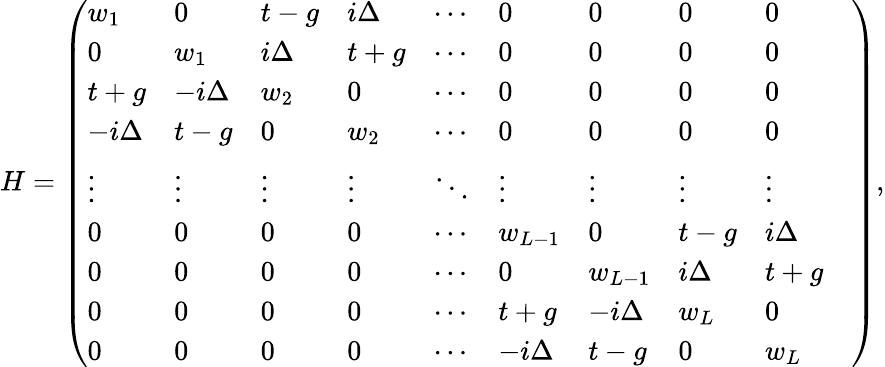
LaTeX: \begin{array}{r}{H=\left(\begin{array}{llllllllll}{w_{1}}&{0}&{t-g}&{i\Delta}&{\cdots}&{0}&{0}&{0}&{0}&\\ {0}&{w_{1}}&{i\Delta}&{t+g}&{\cdots}&{0}&{0}&{0}&{0}&\\ {t+g}&{-i\Delta}&{w_{2}}&{0}&{\cdots}&{0}&{0}&{0}&{0}&\\ {-i\Delta}&{t-g}&{0}&{w_{2}}&{\cdots}&{0}&{0}&{0}&{0}&\\ {\vdots}&{\vdots}&{\vdots}&{\vdots}&{\ddots}&{\vdots}&{\vdots}&{\vdots}&{\vdots}&\\ {0}&{0}&{0}&{0}&{\cdots}&{w_{L-1}}&{0}&{t-g}&{i\Delta}&\\ {0}&{0}&{0}&{0}&{\cdots}&{0}&{w_{L-1}}&{i\Delta}&{t+g}&\\ {0}&{0}&{0}&{0}&{\cdots}&{t+g}&{-i\Delta}&{w_{L}}&{0}&\\ {0}&{0}&{0}&{0}&{\cdots}&{-i\Delta}&{t-g}&{0}&{w_{L}}\end{array}\right),}\end{array}